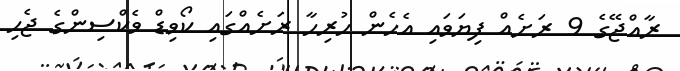
ރާއްޖޭގެ 9 ރަށެއް ފިޔަވައި އެހެން ހުރިހާ ރަށެއްގައި ކޯވިޑް ވެކްސިންގެ ޖެހި